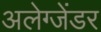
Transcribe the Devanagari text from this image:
अलेग्जेंडर